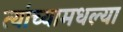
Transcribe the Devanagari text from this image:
त्यांच्यामधल्या